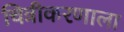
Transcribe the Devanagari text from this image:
चित्रीकरणाला